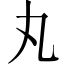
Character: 丸